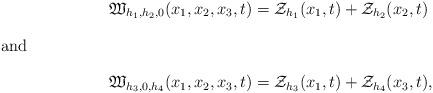
LaTeX: \begin{align*}\mathfrak W_{h_1,h_2,0}(x_1,x_2,x_3,t)&=\mathcal Z_{h_1}(x_1,t)+ \mathcal Z_{h_2}(x_2,t) \\\intertext{and} \mathfrak W_{h_3,0,h_4}(x_1,x_2,x_3,t)&=\mathcal Z_{h_3}(x_1,t) + \mathcal Z_{h_4}(x_3,t) ,\end{align*}